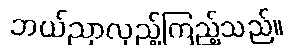
ဘယ်ညာလှည့်ကြည့်သည်။